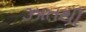
ઝાતથી